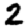
Digit: 2